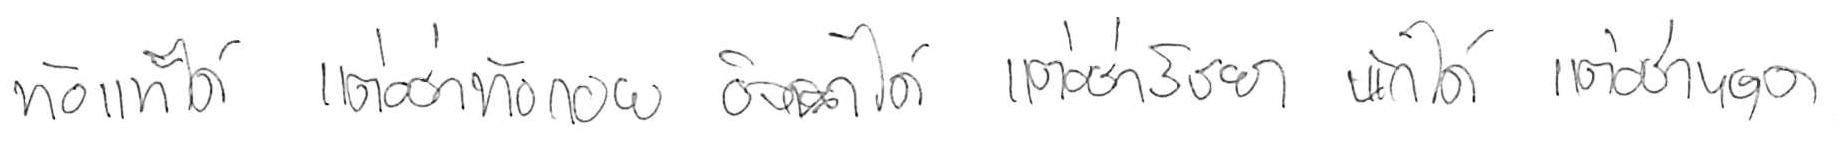
ท้อแท้ได้ แต่อย่าท้อถอย อิจฉาได้ แต่อย่าริษยา พักได้ แต่อย่าหยุด